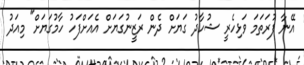
އޭނާ ފުރަތަމަ ވަޅިހެރީ ޝުހާދު ގަޔަށް ދެން ރަޒީނުގަޔަށް އެއަށްފަހު ހާމުގަޔަށް" މިއަދު